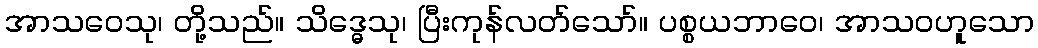
အာသဝေသု၊ တို့သည်။ သိဒ္ဓေသု၊ ပြီးကုန်လတ်သော်။ ပစ္စယဘာဝေ၊ အာသဝဟူသော